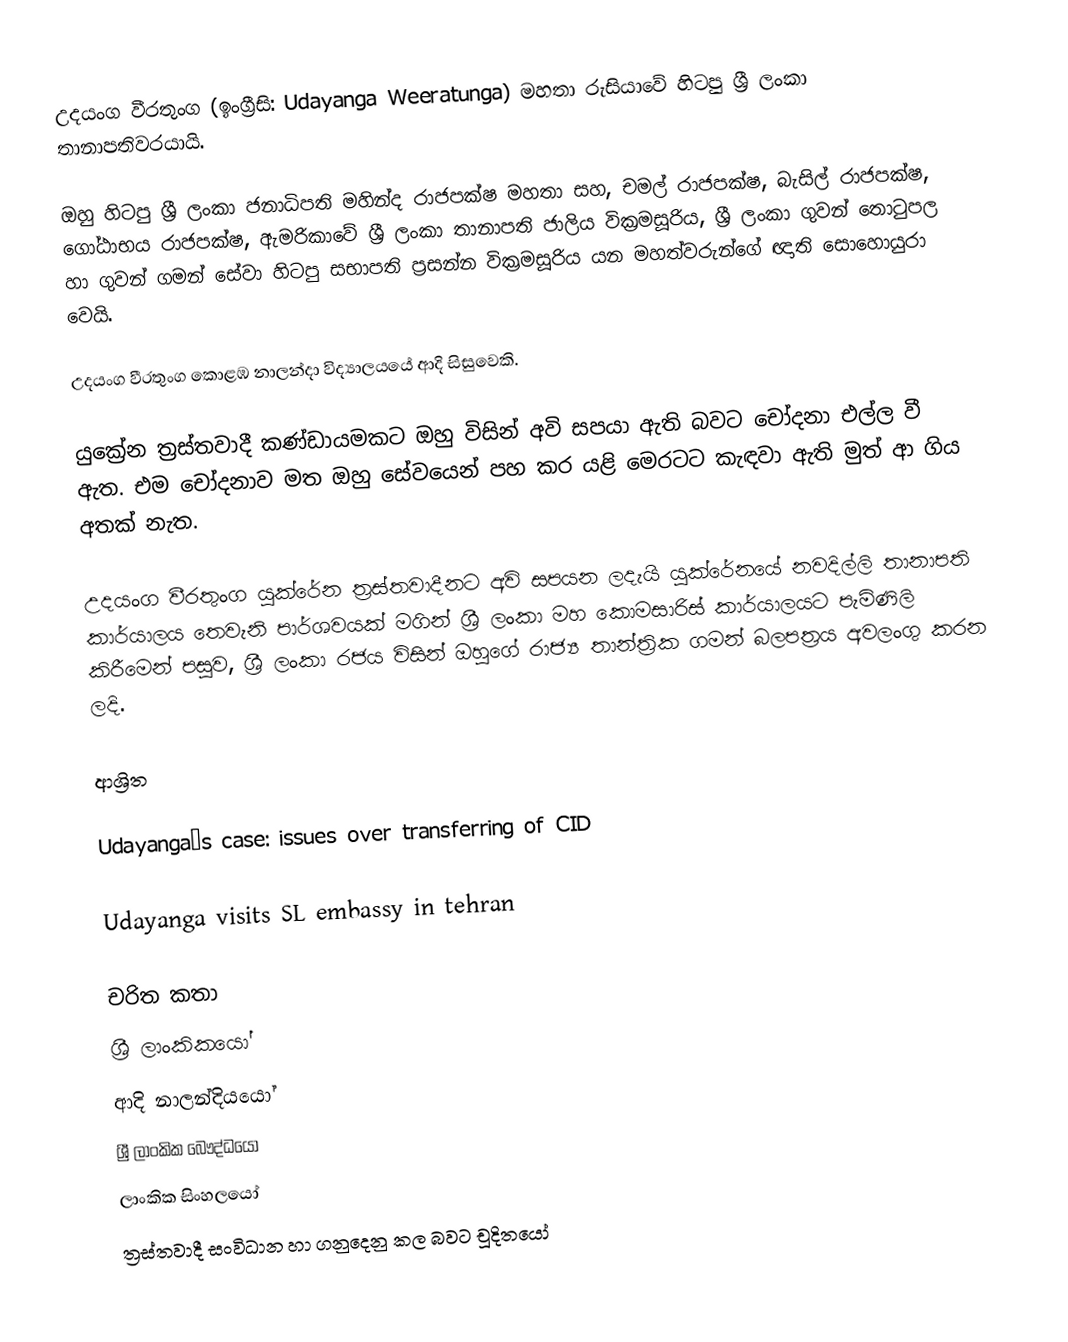
උදයංග වීරතුංග (ඉංග්‍රීසි: Udayanga Weeratunga) මහතා රුසියාවේ හිටපු ශ්‍රී ලංකා තානාපතිවරයායි.

ඔහු හිටපු ශ්‍රී ලංකා ජනාධිපති මහින්ද රාජපක්ෂ මහතා සහ, චමල් රාජපක්ෂ, බැසිල් රාජපක්ෂ, ගෝඨාභය රාජපක්ෂ, ඇමරිකාවේ ශ්‍රී ලංකා තානාපති ජාලිය වික්‍රමසූරිය, ශ්‍රී ලංකා ගුවන් තොටුපල හා ගුවන් ගමන් සේවා හිටපු  සභාපති ප්‍රසන්න වික්‍රමසූරිය යන මහත්වරුන්ගේ ඥාති සොහොයුරා වෙයි.

උදයංග වීරතුංග  කොළඹ නාලන්දා විද්‍යාලයයේ ආදි සිසුවෙකි.

යුක්‍රේන ත්‍රස්තවාදී කණ්ඩායමකට ඔහු විසින් අවි සපයා ඇති බවට චෝදනා එල්ල වී ඇත. එම චෝදනාව මත ඔහු සේවයෙන් පහ කර යළි මෙරටට කැඳවා ඇති මුත් ආ ගිය අතක් නැත.

උදයංග වීරතුංග යුක්රේන ත්‍රස්තවාදීනට අවි සපයන ලදැයි යුක්රේනයේ නවදිල්ලි තානාපති කාර්යාලය තෙවැනි පාර්ශවයක් මගින් ශ්‍රී ලංකා මහ කොමසාරිස් කාර්යාලයට පැමිණිලි කිරීමෙන් පසුව, ශ්‍රී ලංකා රජය විසින් ඔහුගේ රාජ්‍ය තාන්ත්‍රික ගමන් බලපත්‍රය අවලංගු කරන ලදි.

ආශ්‍රිත

 Udayanga’s case: issues over transferring of CID

 Udayanga visits SL embassy in tehran

චරිත කතා
ශ්‍රී ලාංකිකයෝ
ආදි නාලන්දියයෝ
ශ්‍රී ලාංකික බෞද්ධයෝ
ලාංකික සිංහලයෝ
ත්‍රස්තවාදී සංවිධාන හා ගනුදෙනු කල බවට චූදිතයෝ